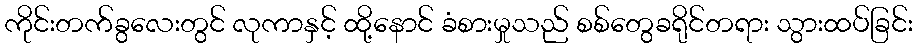
ကိုင်းတက်ခွလေးတွင် လုကာနှင့် ထို့နောင် ခံစားမှုသည် စစ်တွေခရိုင်တရား သွားထပ်ခြင်း